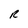
Character: R